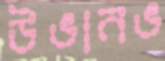
উভানভ